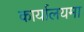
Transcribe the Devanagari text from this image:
कार्यालयमा